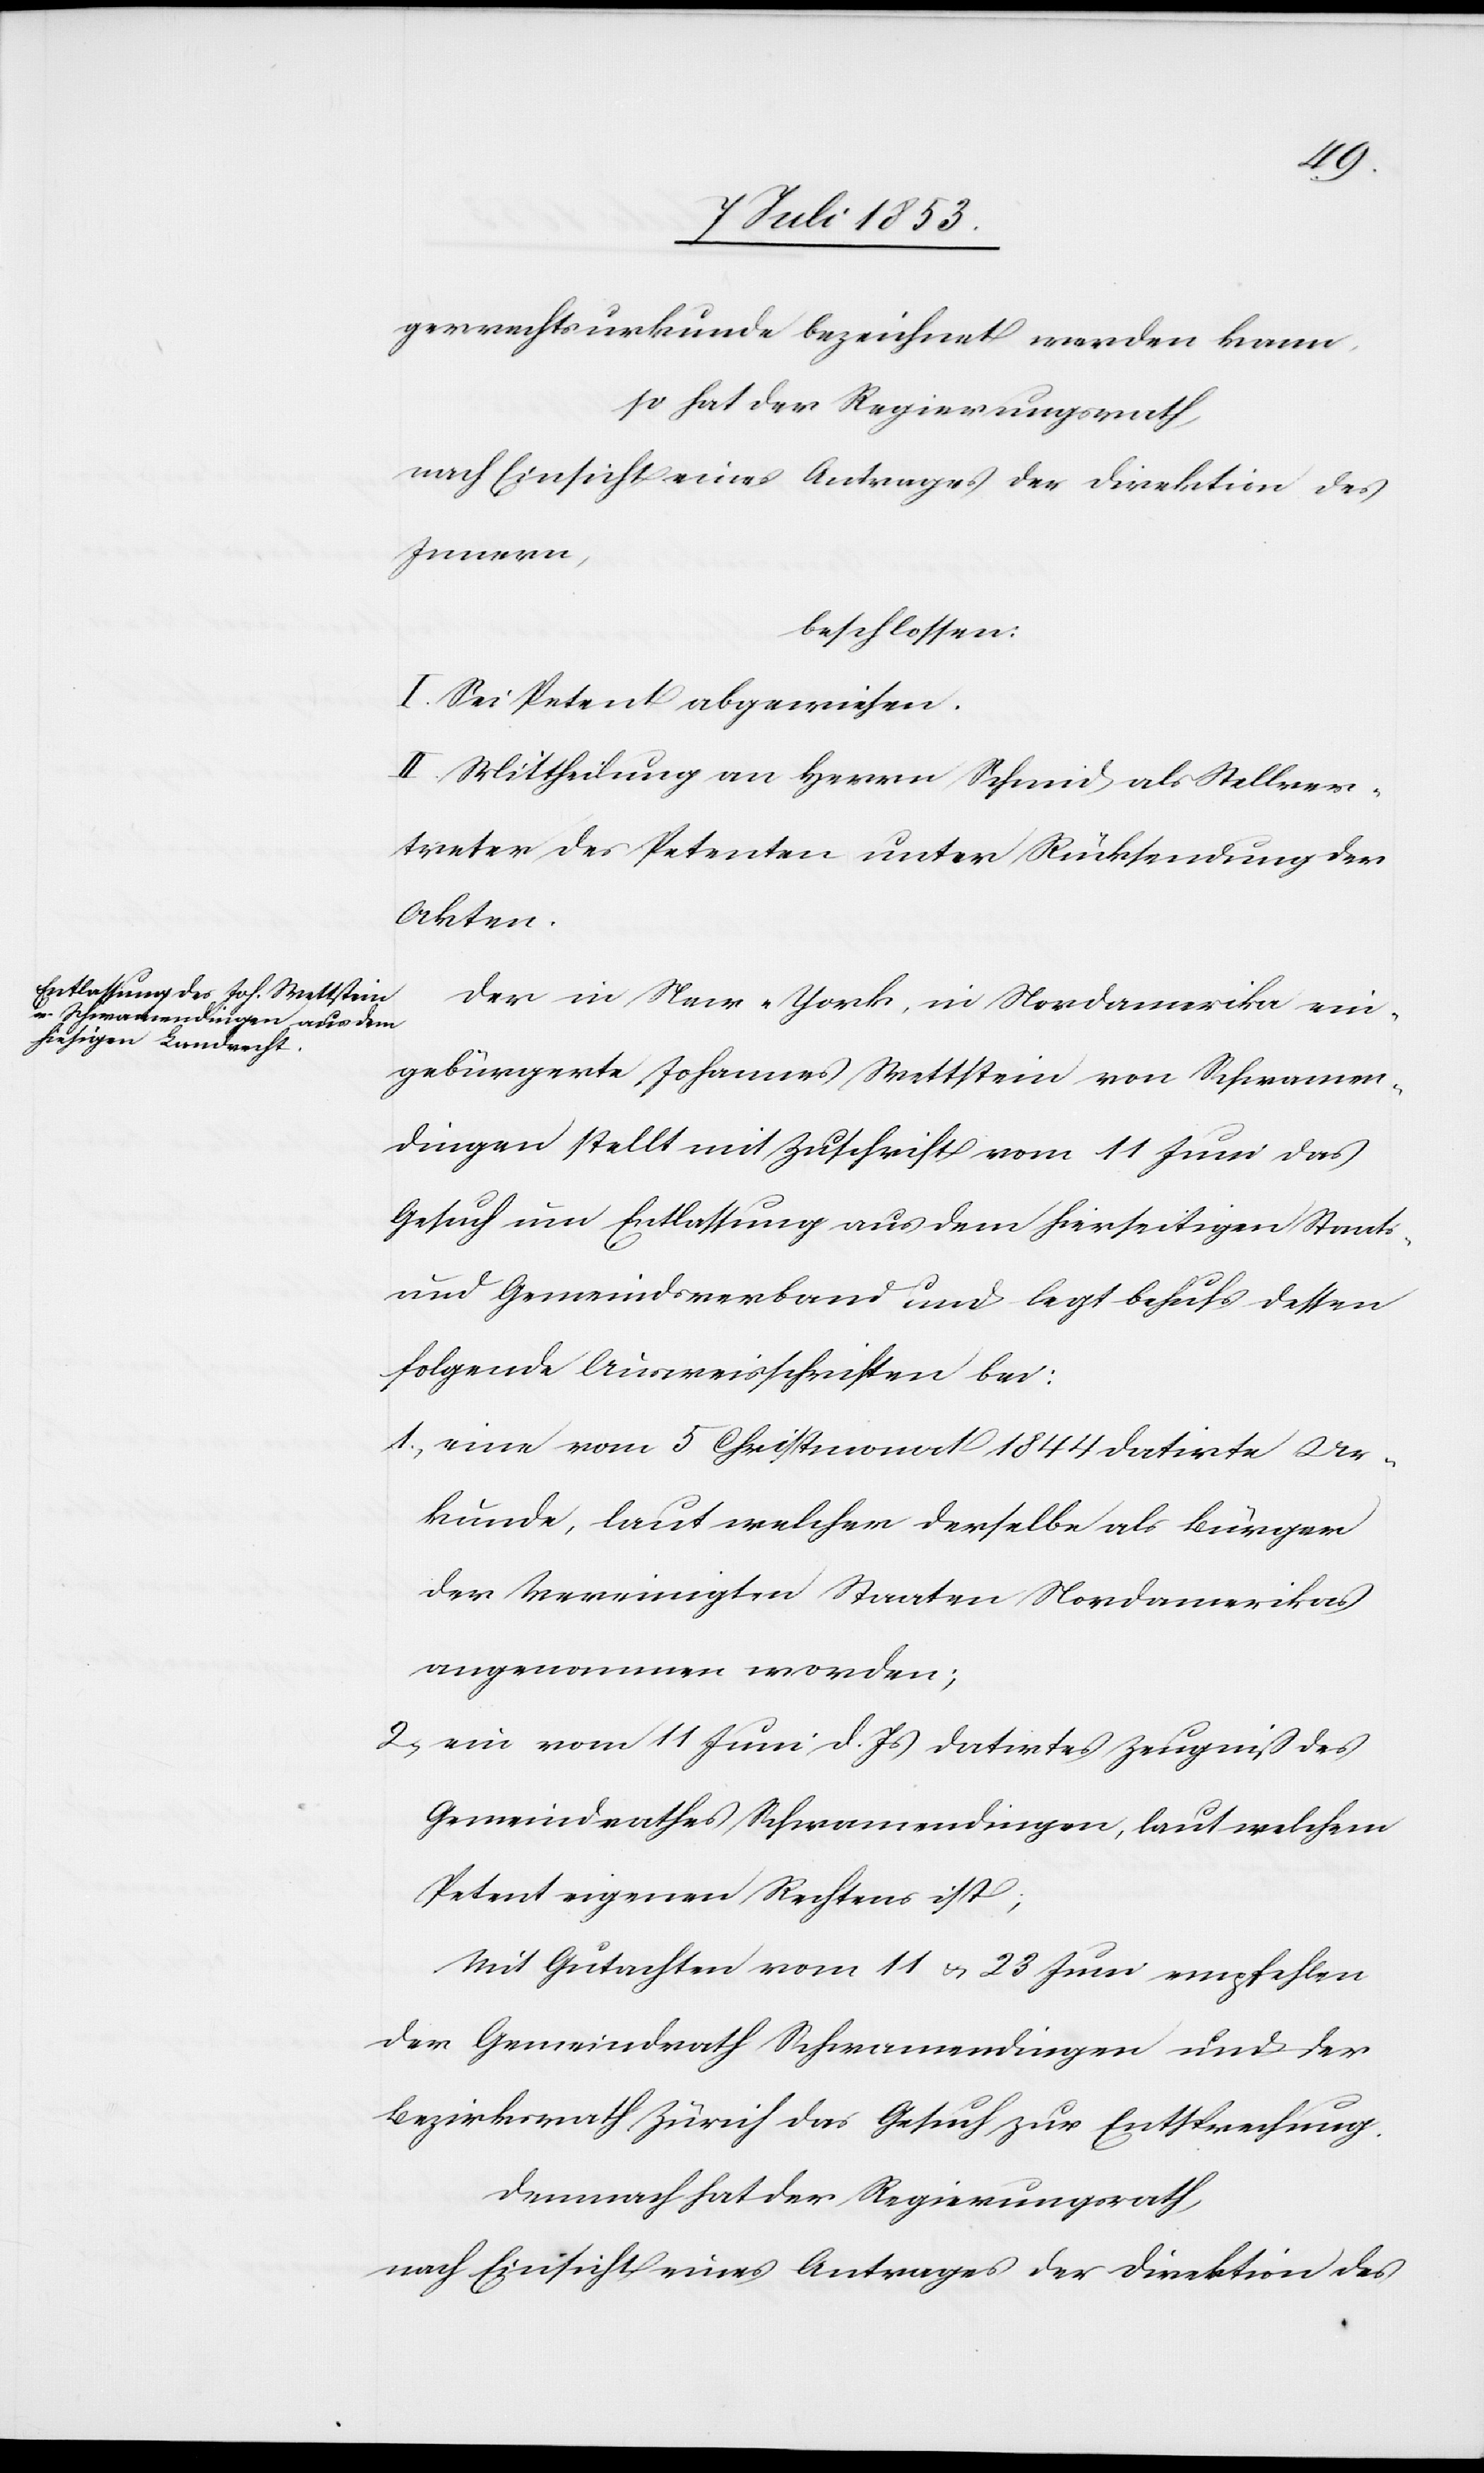
gerrechtsurkunde bezeichnet werden kann,
so hat der Regierungsrath,
nach Einsicht eines Antrages der Direktion des
Innern,
beschlossen:
I. Sei Petent abgewiesen.
II. Mittheilung an Herrn Schmid als Stellver¬
treter des Petenten unter Rücksendung der
Akten.
Der in New-York, in Nordamerika ein¬
gebürgerte Johannes Wettstein von Schwamen¬
dingen stellt mit Zuschrift vom Juni das
Gesuch um Entlassung aus dem hierseitigen Staats-
und Gemeindsverband und legt behufs dessen
folgende Ausweisschriften bei:
1, eine vom 5 Christmonat 1844 datirte Ur¬
kunde, laut welcher derselbe als Bürger
der Vereinigten Staaten Nordamerika
angenommen worden;
2, ein vom 11 Juni d. Js. datirtes Zeugniß des
Gemeindrathes Schwamendingen, laut welchem
Petent eigenen Rechtens ist;
Mit Gutachten vom 11 u. 23 Juni empfehlen
der Gemeindrath Schwamendingen und der
Bezirksrath Zürich das Gesuch zur Entsprechung.
Demnach hat der Regierungsrath,
nach Einsicht eines Antrages der Direktion des